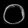
Digit: ၀